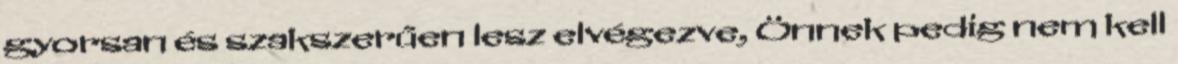
gyorsan és szakszerűen lesz elvégezve, Önnek pedig nem kell